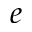
e